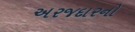
અરજદારનો